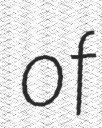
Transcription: of